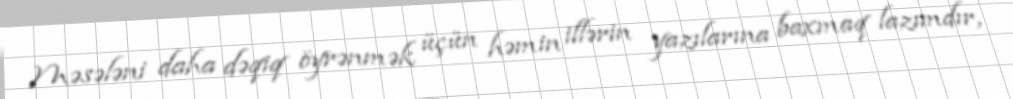
Məsələni daha dəqiq öyrənmək üçün həmin illərin yazılarına baxmaq lazımdır,